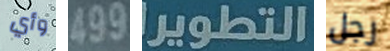
وأي 499 التطوير رجل